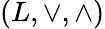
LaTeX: (L,\vee,\wedge)